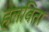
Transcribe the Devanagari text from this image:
हलविता